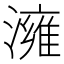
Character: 澭